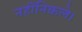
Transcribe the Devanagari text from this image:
नहींनिकले।